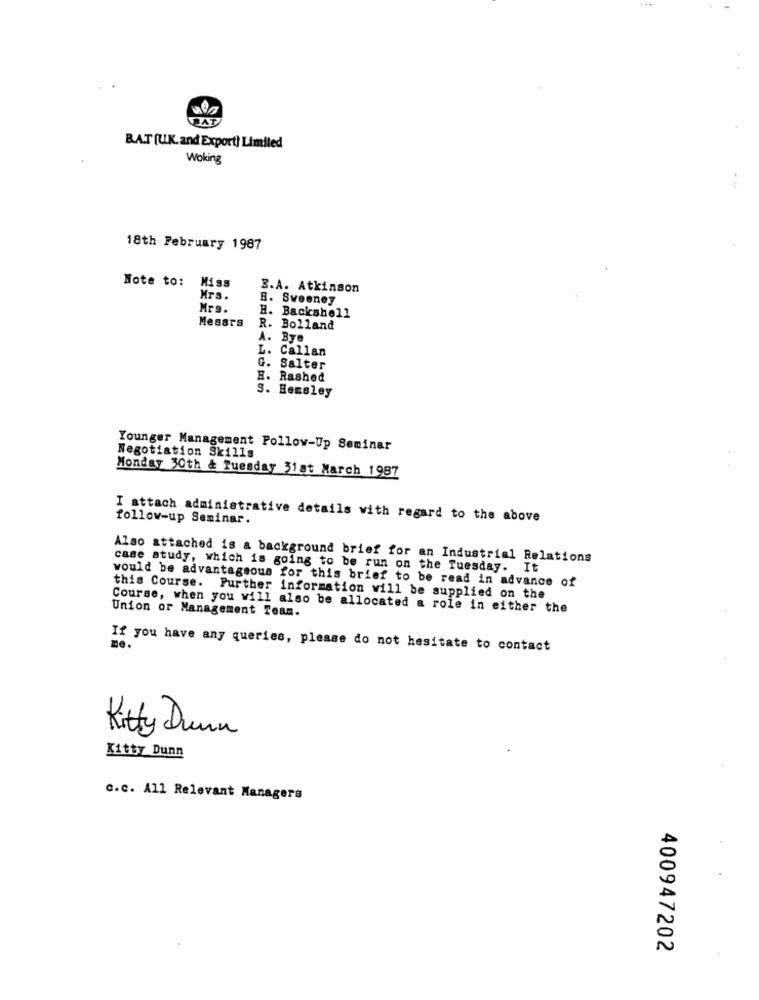
HAT
BAT (U.K. and Export) Limited
Woking
18th February 1987
Note to:
B.A. Atkinson
Mrs.
B. Sweeney
Mrs.
H. Backshell
Messrs
R. Bolland
A. Bye
L. Callan
G. Salter
E. Rashed
S. Hemsley
Younger Management Follow-Up Seminar
Negotiation Skills
Monday 30th & Tuesday 31at March 1987
follow-up Seminar.
I attach administrative details with regard to the above
Also attached is a background brief for an Industrial Relations
case study, which is going to be run on the Tuesday. It
would be advantageous for this brief to be read in advance of
this Course. Further information will be supplied on the
Course, when you will also be allocated & role in either the
Union or Management Team.
me.
If you have any queries, please do not hesitate to contact
Kitty Dunn
Kitty Dunn
c.c. All Relevant Managers
400947202